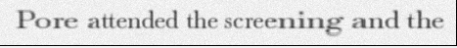
Pore attended the screening and the